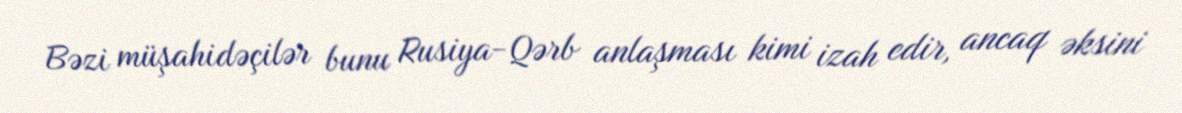
Bəzi müşahidəçilər bunu Rusiya-Qərb anlaşması kimi izah edir, ancaq əksini